Calcutta medical institutions reports 1871-78
Year: 1871
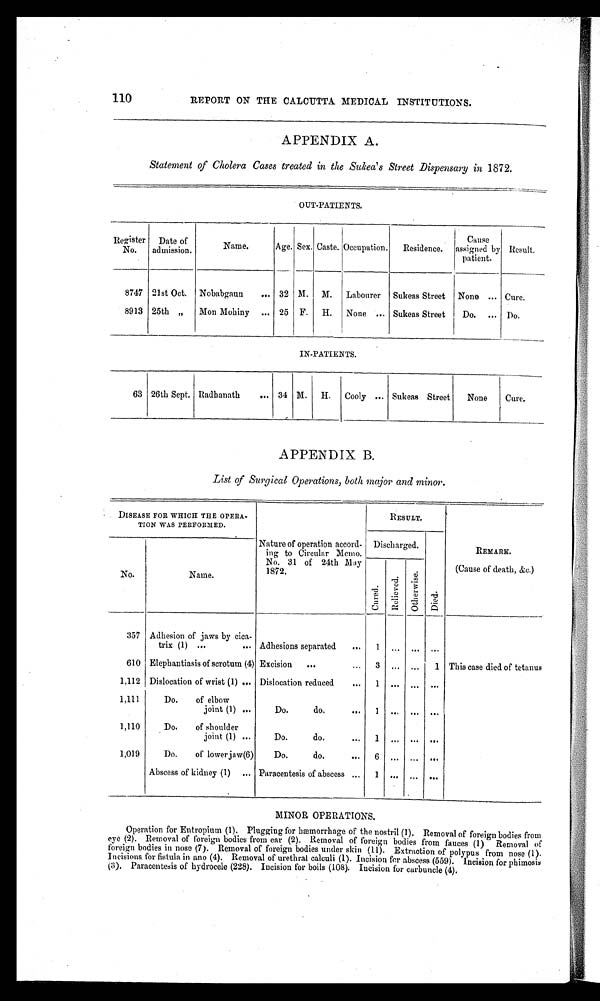
110
REPORT ON THE CALCUTTA MEDICAL INSTITUTIONS.
APPENDIX A.
Statement of Cholera Cases treated in the Sukea' s Street Dispensary in 1872.
OUT-PATIENTS.
Register
No .
Date of
admission.
Name.
Age. Sex. Caste. Occupation.
Residence.
Cause
assigned by
patient.
Result.
8747 21st Oct. Nobabgaun 32 M. M. Labourer Sukeas Street None
Cure.
8913 25th „
Mon Mohiny
25 F. H. None
Sukeas Street
Do.
Do.
IN-PATIENTS.
63 26th Sept. Radhanath
34 M. H. Cooly
Sukeas Street
None
Cure.
APPENDIX B.
List of Surgical Operations, both major and minor.
DISEASE FOR WHICH THE OPERA-
TION WAS PERFORMED.
Nature of operation accord-
ing to Circular Memo.
No. 31 of 24th May
1872,
RESULT.
REMARK.
(Cause of death, &c.)
Discharged.
Died.
No.
Name.
Cured.
Re l i e v e d .
O t h e r w i s e .
357 Adhesion of jaws by cica-
trix (1)
Adhesions separated
...
1 ... ... ...
610 Elephantiasis of scrotum (4) Excision
... 3 ... ... 1 This case died of tetanus
1,112 Dislocation of wrist (1)
Dislocation reduced
. . .
1
. . .
. . . . . .
1,111
Do.
of elbow
joint (1)
Do.
do.
. . . 1
. . .
. . . . . .
1,110
Do.
of shoulder
joint (1)
Do.
do.
. . .
1
. . .
. . . . . .
1,019
Do.
of lower jaw(6)
Do.
do.
. . .
6
. . .
. . . . . .
Abscess of kidney (1)
Paracentesis of abscess ...
1 ... ... ...
MINOR OPERATIONS.
Operation for Entropium (1). Plugging for hæmorrhage of the nostril (1). Removal of foreign bodies from
eye (2). Removal of foreign bodies from ear (2). Removal of foreign bodies from fauces (1) Removal of
foreign bodies in nose (7). Removal of foreign bodies under skin (11). Extraction of polypus from nose (1).
Incisions. for fistula in ano (4). Removal of urethral calculi (1). Incision for abscess (559). Incision for phimosis
(3). Paracentesis of hydrocele (228). Incision for boils (108). Incision fur carbuncle (4).